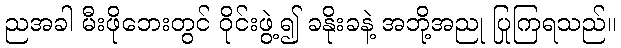
ညအခါ မီးဖိုဘေးတွင် ဝိုင်းဖွဲ့၍ ခနိုးခနဲ့ အဘို့အညု ပြုကြရသည်။